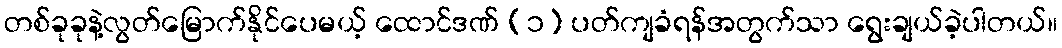
တစ်ခုခုနဲ့လွတ်မြောက်နိုင်ပေမယ့် ထောင်ဒဏ် (၁) ပတ်ကျခံရန်အတွက်သာ ရွေးချယ်ခဲ့ပါတယ်။